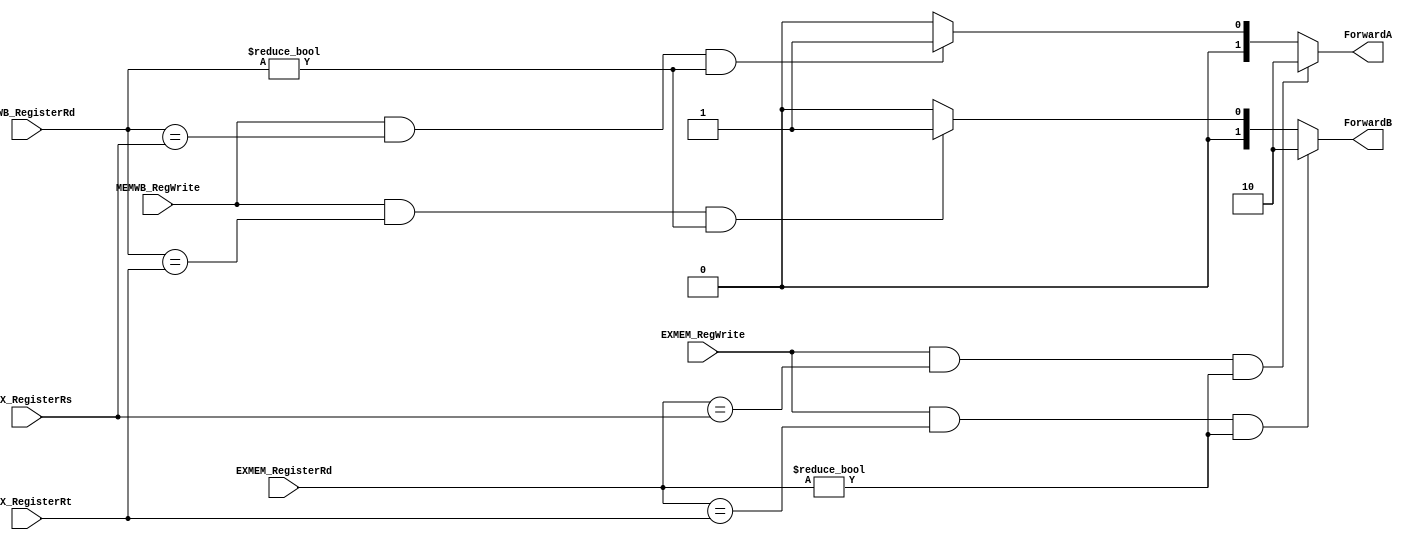
`timescale 1ns/1ns
module ForwardingUnit(input EXMEM_RegWrite, MEMWB_RegWrite, input [4:0] IDEX_RegisterRs, IDEX_RegisterRt, 
                  EXMEM_RegisterRd, MEMWB_RegisterRd, output [1:0] ForwardA, ForwardB);
    assign ForwardA = (EXMEM_RegWrite == 1 && EXMEM_RegisterRd == IDEX_RegisterRs && EXMEM_RegisterRd != 0) ?
                       2 :((MEMWB_RegWrite == 1 && MEMWB_RegisterRd == IDEX_RegisterRs && MEMWB_RegisterRd != 0)? 1 : 0);
    assign ForwardB = (EXMEM_RegWrite == 1 && EXMEM_RegisterRd == IDEX_RegisterRt && EXMEM_RegisterRd != 0) ?
                       2 :((MEMWB_RegWrite == 1 && MEMWB_RegisterRd == IDEX_RegisterRt && MEMWB_RegisterRd != 0)? 1 : 0);              
endmodule